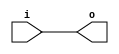
module bsg_concentrate_static_7
(
  i,
  o
);

  input [2:0] i;
  output [2:0] o;
  wire [2:0] o;
  assign o[2] = i[2];
  assign o[1] = i[1];
  assign o[0] = i[0];

endmodule